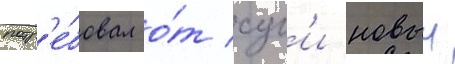
потр'е́бовал о́т суг'и новыи